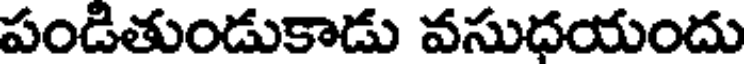
పండితుండుకాడు వసుధయందు